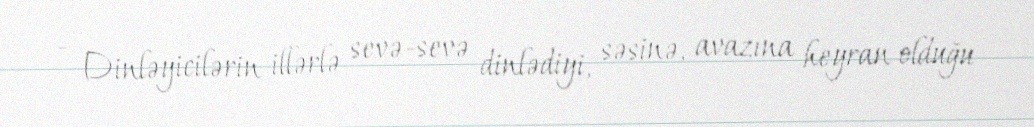
- Dinləyicilərin illərlə sevə-sevə dinlədiyi, səsinə, avazına heyran olduğu